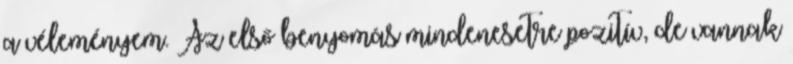
a véleményem. Az első benyomás mindenesetre pozitív, de vannak